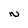
Character: N